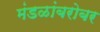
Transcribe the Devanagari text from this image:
मंडळांबरोबर